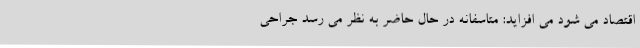
اقتصاد می شود می افزاید: متاسفانه در حال حاضر به نظر می رسد جراحی